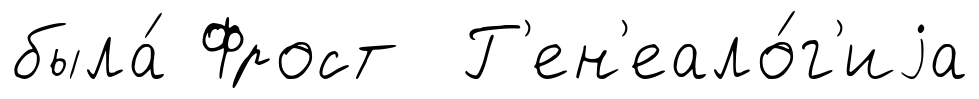
была́ Фрост Г'ен'еало́г'иjа